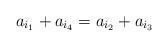
LaTeX: \begin{align*}a_{i_1} + a_{i_4 } = a_{i_2 } + a_{i_3 } \end{align*}